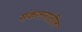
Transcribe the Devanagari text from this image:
संकलनांतील